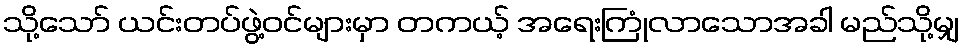
သို့သော် ယင်းတပ်ဖွဲ့ဝင်များမှာ တကယ့် အရေးကြုံလာသောအခါ မည်သို့မျှ